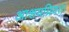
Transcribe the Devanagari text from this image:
आशयप्रियता